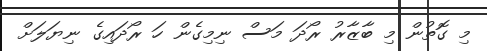
މި ގޮތުން މި ބާޒާރު ރޯދަ މަސް ނިމިގެން ހަ ރޯދައިގެ ނިޔަލަށް